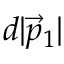
d | { \vec { p } } _ { 1 } |